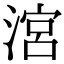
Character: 㴦